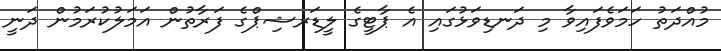
މުއްދަތު ހަމަވެފައިވާ މި ދަނޑިވަޅުގައި އެ ޕާޓީގެ ލީޑަރޝިޕްގެ ފަރާތުން އަމަލުކުރަމުން ދަނީ